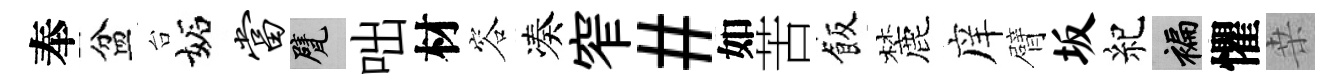
奉盆台妬当甓咄材容凑窄#如苦飯麓庠臂坂紀褊懼桒